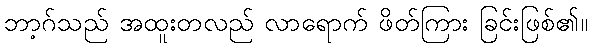
ဘာ့ဂ်သည် အထူးတလည် လာရောက် ဖိတ်ကြား ခြင်းဖြစ်၏။